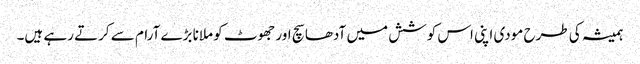
ہمیشہ کی طرح مودی اپنی اس کوشش میں آدھا سچ اور جھوٹ کو ملانا بڑے آرام سے کرتے رہے ہیں۔